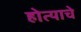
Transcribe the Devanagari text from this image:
होत्याचे